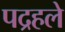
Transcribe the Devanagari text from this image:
पद्रहले